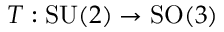
T : \mathrm { S U } ( 2 ) \rightarrow \mathrm { S O } ( 3 )